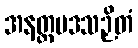
အနတ္ထပဒသဉှိတံ